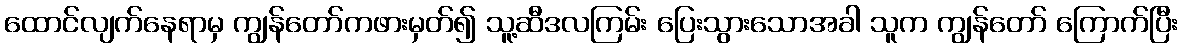
ထောင်လျက်နေရာမှ ကျွန်တော်ကဖားမှတ်၍ သူ့ဆီဒလကြမ်း ပြေးသွားသောအခါ သူက ကျွန်တော် ကြောက်ပြီး